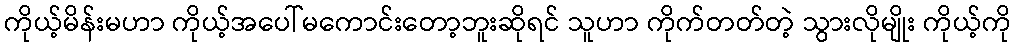
ကိုယ့်မိန်းမဟာ ကိုယ့်အပေါ်မကောင်းတော့ဘူးဆိုရင် သူဟာ ကိုက်တတ်တဲ့ သွားလိုမျိုး ကိုယ့်ကို